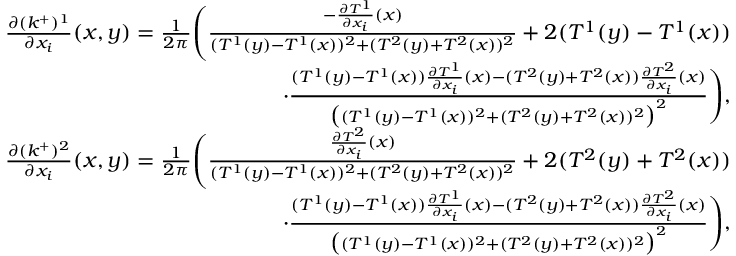
\begin{array} { r } { \frac { \partial ( k ^ { + } ) ^ { 1 } } { \partial x _ { i } } ( x , y ) = \frac { 1 } { 2 \pi } \Bigg ( \frac { - \frac { \partial T ^ { 1 } } { \partial x _ { i } } ( x ) } { ( T ^ { 1 } ( y ) - T ^ { 1 } ( x ) ) ^ { 2 } + ( T ^ { 2 } ( y ) + T ^ { 2 } ( x ) ) ^ { 2 } } + 2 ( T ^ { 1 } ( y ) - T ^ { 1 } ( x ) ) } \\ { \cdot \frac { ( T ^ { 1 } ( y ) - T ^ { 1 } ( x ) ) \frac { \partial T ^ { 1 } } { \partial x _ { i } } ( x ) - ( T ^ { 2 } ( y ) + T ^ { 2 } ( x ) ) \frac { \partial T ^ { 2 } } { \partial x _ { i } } ( x ) } { \big ( ( T ^ { 1 } ( y ) - T ^ { 1 } ( x ) ) ^ { 2 } + ( T ^ { 2 } ( y ) + T ^ { 2 } ( x ) ) ^ { 2 } \big ) ^ { 2 } } \Bigg ) , } \\ { \frac { \partial ( k ^ { + } ) ^ { 2 } } { \partial x _ { i } } ( x , y ) = \frac { 1 } { 2 \pi } \Bigg ( \frac { \frac { \partial T ^ { 2 } } { \partial x _ { i } } ( x ) } { ( T ^ { 1 } ( y ) - T ^ { 1 } ( x ) ) ^ { 2 } + ( T ^ { 2 } ( y ) + T ^ { 2 } ( x ) ) ^ { 2 } } + 2 ( T ^ { 2 } ( y ) + T ^ { 2 } ( x ) ) } \\ { \cdot \frac { ( T ^ { 1 } ( y ) - T ^ { 1 } ( x ) ) \frac { \partial T ^ { 1 } } { \partial x _ { i } } ( x ) - ( T ^ { 2 } ( y ) + T ^ { 2 } ( x ) ) \frac { \partial T ^ { 2 } } { \partial x _ { i } } ( x ) } { \big ( ( T ^ { 1 } ( y ) - T ^ { 1 } ( x ) ) ^ { 2 } + ( T ^ { 2 } ( y ) + T ^ { 2 } ( x ) ) ^ { 2 } \big ) ^ { 2 } } \Bigg ) , } \end{array}